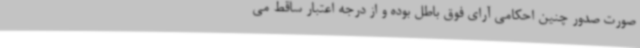
صورت صدور چنین احکامی آرای فوق باطل بوده و از درجه اعتبار ساقط می